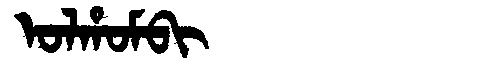
Manchu: ᠣᠯᡥᠣᠮᠪᡳ
Romanization: OLHOMBI